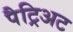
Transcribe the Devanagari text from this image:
पैट्रिअट